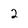
Character: 2